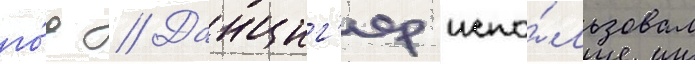
го́д // Данциг'ер испо́льзовал